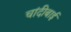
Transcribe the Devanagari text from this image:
चांदीबाई